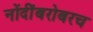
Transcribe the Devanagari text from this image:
नोंदींबरोबरच